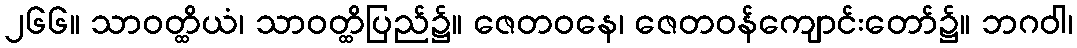
၂၆၆။ သာဝတ္ထိယံ၊ သာဝတ္ထိပြည်၌။ ဇေတဝနေ၊ ဇေတဝန်ကျောင်းတော်၌။ ဘဂဝါ၊